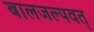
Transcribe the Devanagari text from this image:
बालजल्पवत्